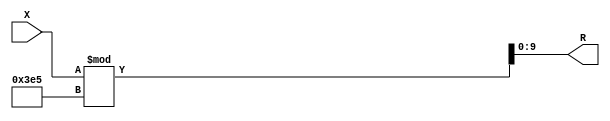
module x_500_mod_997_reg(
    input [500:1] X,
    output [10:1] R
    );


assign R = X % 997;

endmodule